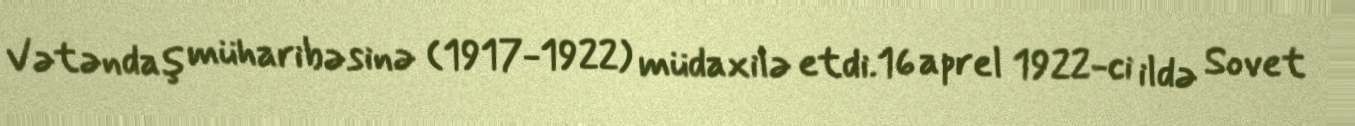
Vətəndaş müharibəsinə (1917-1922) müdaxilə etdi.16 aprel 1922-ci ildə Sovet